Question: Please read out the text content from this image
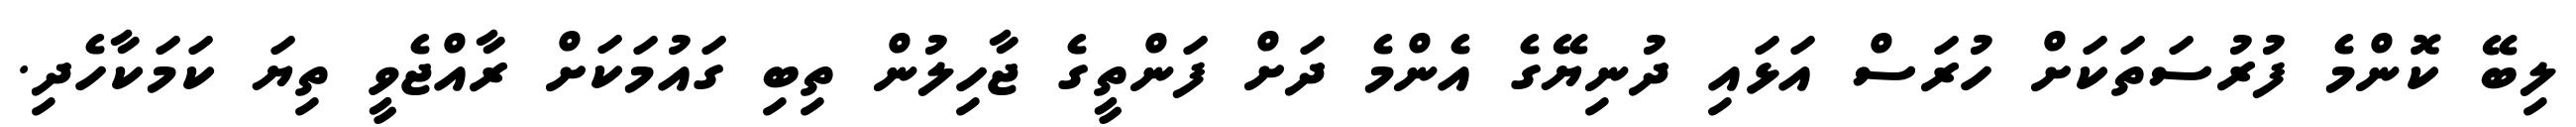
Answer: ލިބޭ ކޮންމެ ފުރުސަތަކަށް ހުރަސް އަޅައި ދުނިޔޭގެ އެންމެ ދަށް ފަންތީގެ ޖާހިލުން ތިބި ގައުމަކަށް ރާއްޖެވީ ތިޔަ ކަމަކާހެދި.